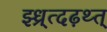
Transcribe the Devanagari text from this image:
झ्ध्र्त्दढ़थ्त्